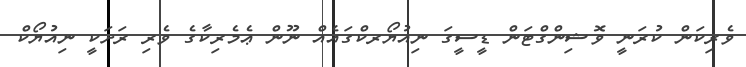
ވެރިކަން ކުރަނީ ވޮޝިންގްޓަން ޑީސީގަ ނިއުޔޯރކްގައެއް ނޫން ޢެމެރިކާގެ ވެރި ރަށަކީ ނިއުޔޯކް